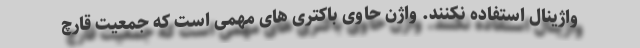
واژینال استفاده نکنند. واژن حاوی باکتری های مهمی است که جمعیت قارچ